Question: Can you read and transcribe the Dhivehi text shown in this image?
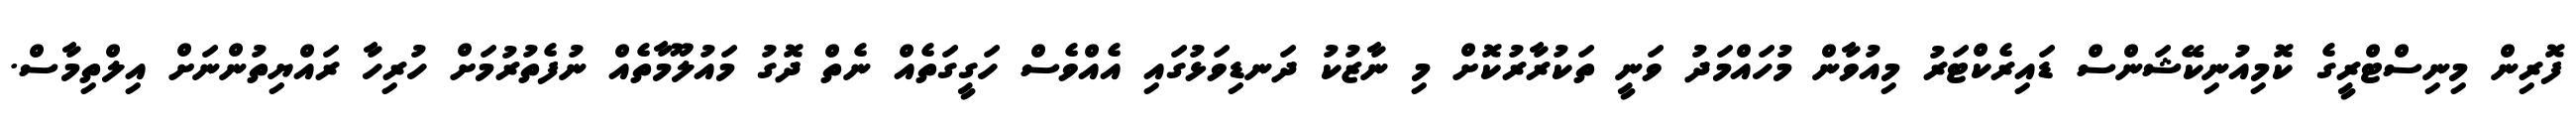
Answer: ފޮރިން މިނިސްޓްރީގެ ކޮމިއުނިކޭޝަންސް ޑައިރެކްޓަރު މިއުވާން މުހައްމަދު ވަނީ ތަކުރާރުކޮށް މި ނާޒުކު ދަނޑިވަޅުގައި އެއްވެސް ހަގީގަތެއް ނެތް ދޮގު މައުލޫމާތެއް ނުފެތުރުމަށް ހުރިހާ ރައްޔިތުންނަށް އިލްތިމާސް.